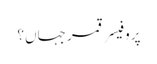
پروفیسر قمر جہاں؟